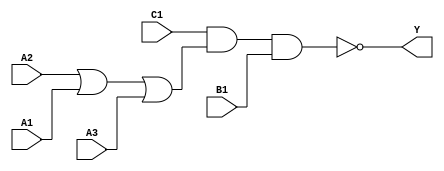
module sky130_fd_sc_hd__o311ai_2 (
    Y ,
    A1,
    A2,
    A3,
    B1,
    C1
);
    output Y ;
    input  A1;
    input  A2;
    input  A3;
    input  B1;
    input  C1;
    wire or0_out    ;
    wire nand0_out_Y;
    or   or0   (or0_out    , A2, A1, A3     );
    nand nand0 (nand0_out_Y, C1, or0_out, B1);
    buf  buf0  (Y          , nand0_out_Y    );
endmodule